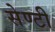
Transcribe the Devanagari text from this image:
सेण्टी